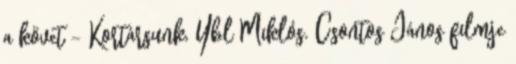
a követ - Kortársunk, Ybl Miklós. Csontos János filmje